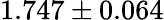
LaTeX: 1.747\pm 0.064